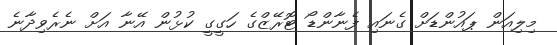
މިލިއަން ޕައުންޑަށް ގެނައި ފެނާންޑޯ ޓޮރޭޒްގެ ހަގީގީ ކުޅުން އޭނާ އަށް ނެރެވިދާނެ